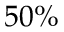
5 0 \%